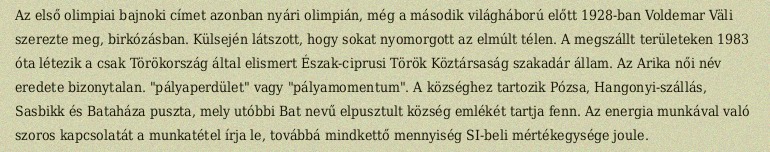
Az első olimpiai bajnoki címet azonban nyári olimpián, még a második világháború előtt 1928-ban Voldemar Väli szerezte meg, birkózásban. Külsején látszott, hogy sokat nyomorgott az elmúlt télen. A megszállt területeken 1983 óta létezik a csak Törökország által elismert Észak-ciprusi Török Köztársaság szakadár állam. Az Arika női név eredete bizonytalan. "pályaperdület" vagy "pályamomentum". A községhez tartozik Pózsa, Hangonyi-szállás, Sasbikk és Bataháza puszta, mely utóbbi Bat nevű elpusztult község emlékét tartja fenn. Az energia munkával való szoros kapcsolatát a munkatétel írja le, továbbá mindkettő mennyiség SI-beli mértékegysége joule.